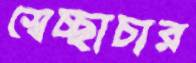
স্বেচ্ছাচার